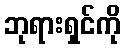
ဘုရားရှင်ကို